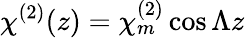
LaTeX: \chi^{(2)}(z)=\chi_{m}^{(2)}\cos{\Lambda z}